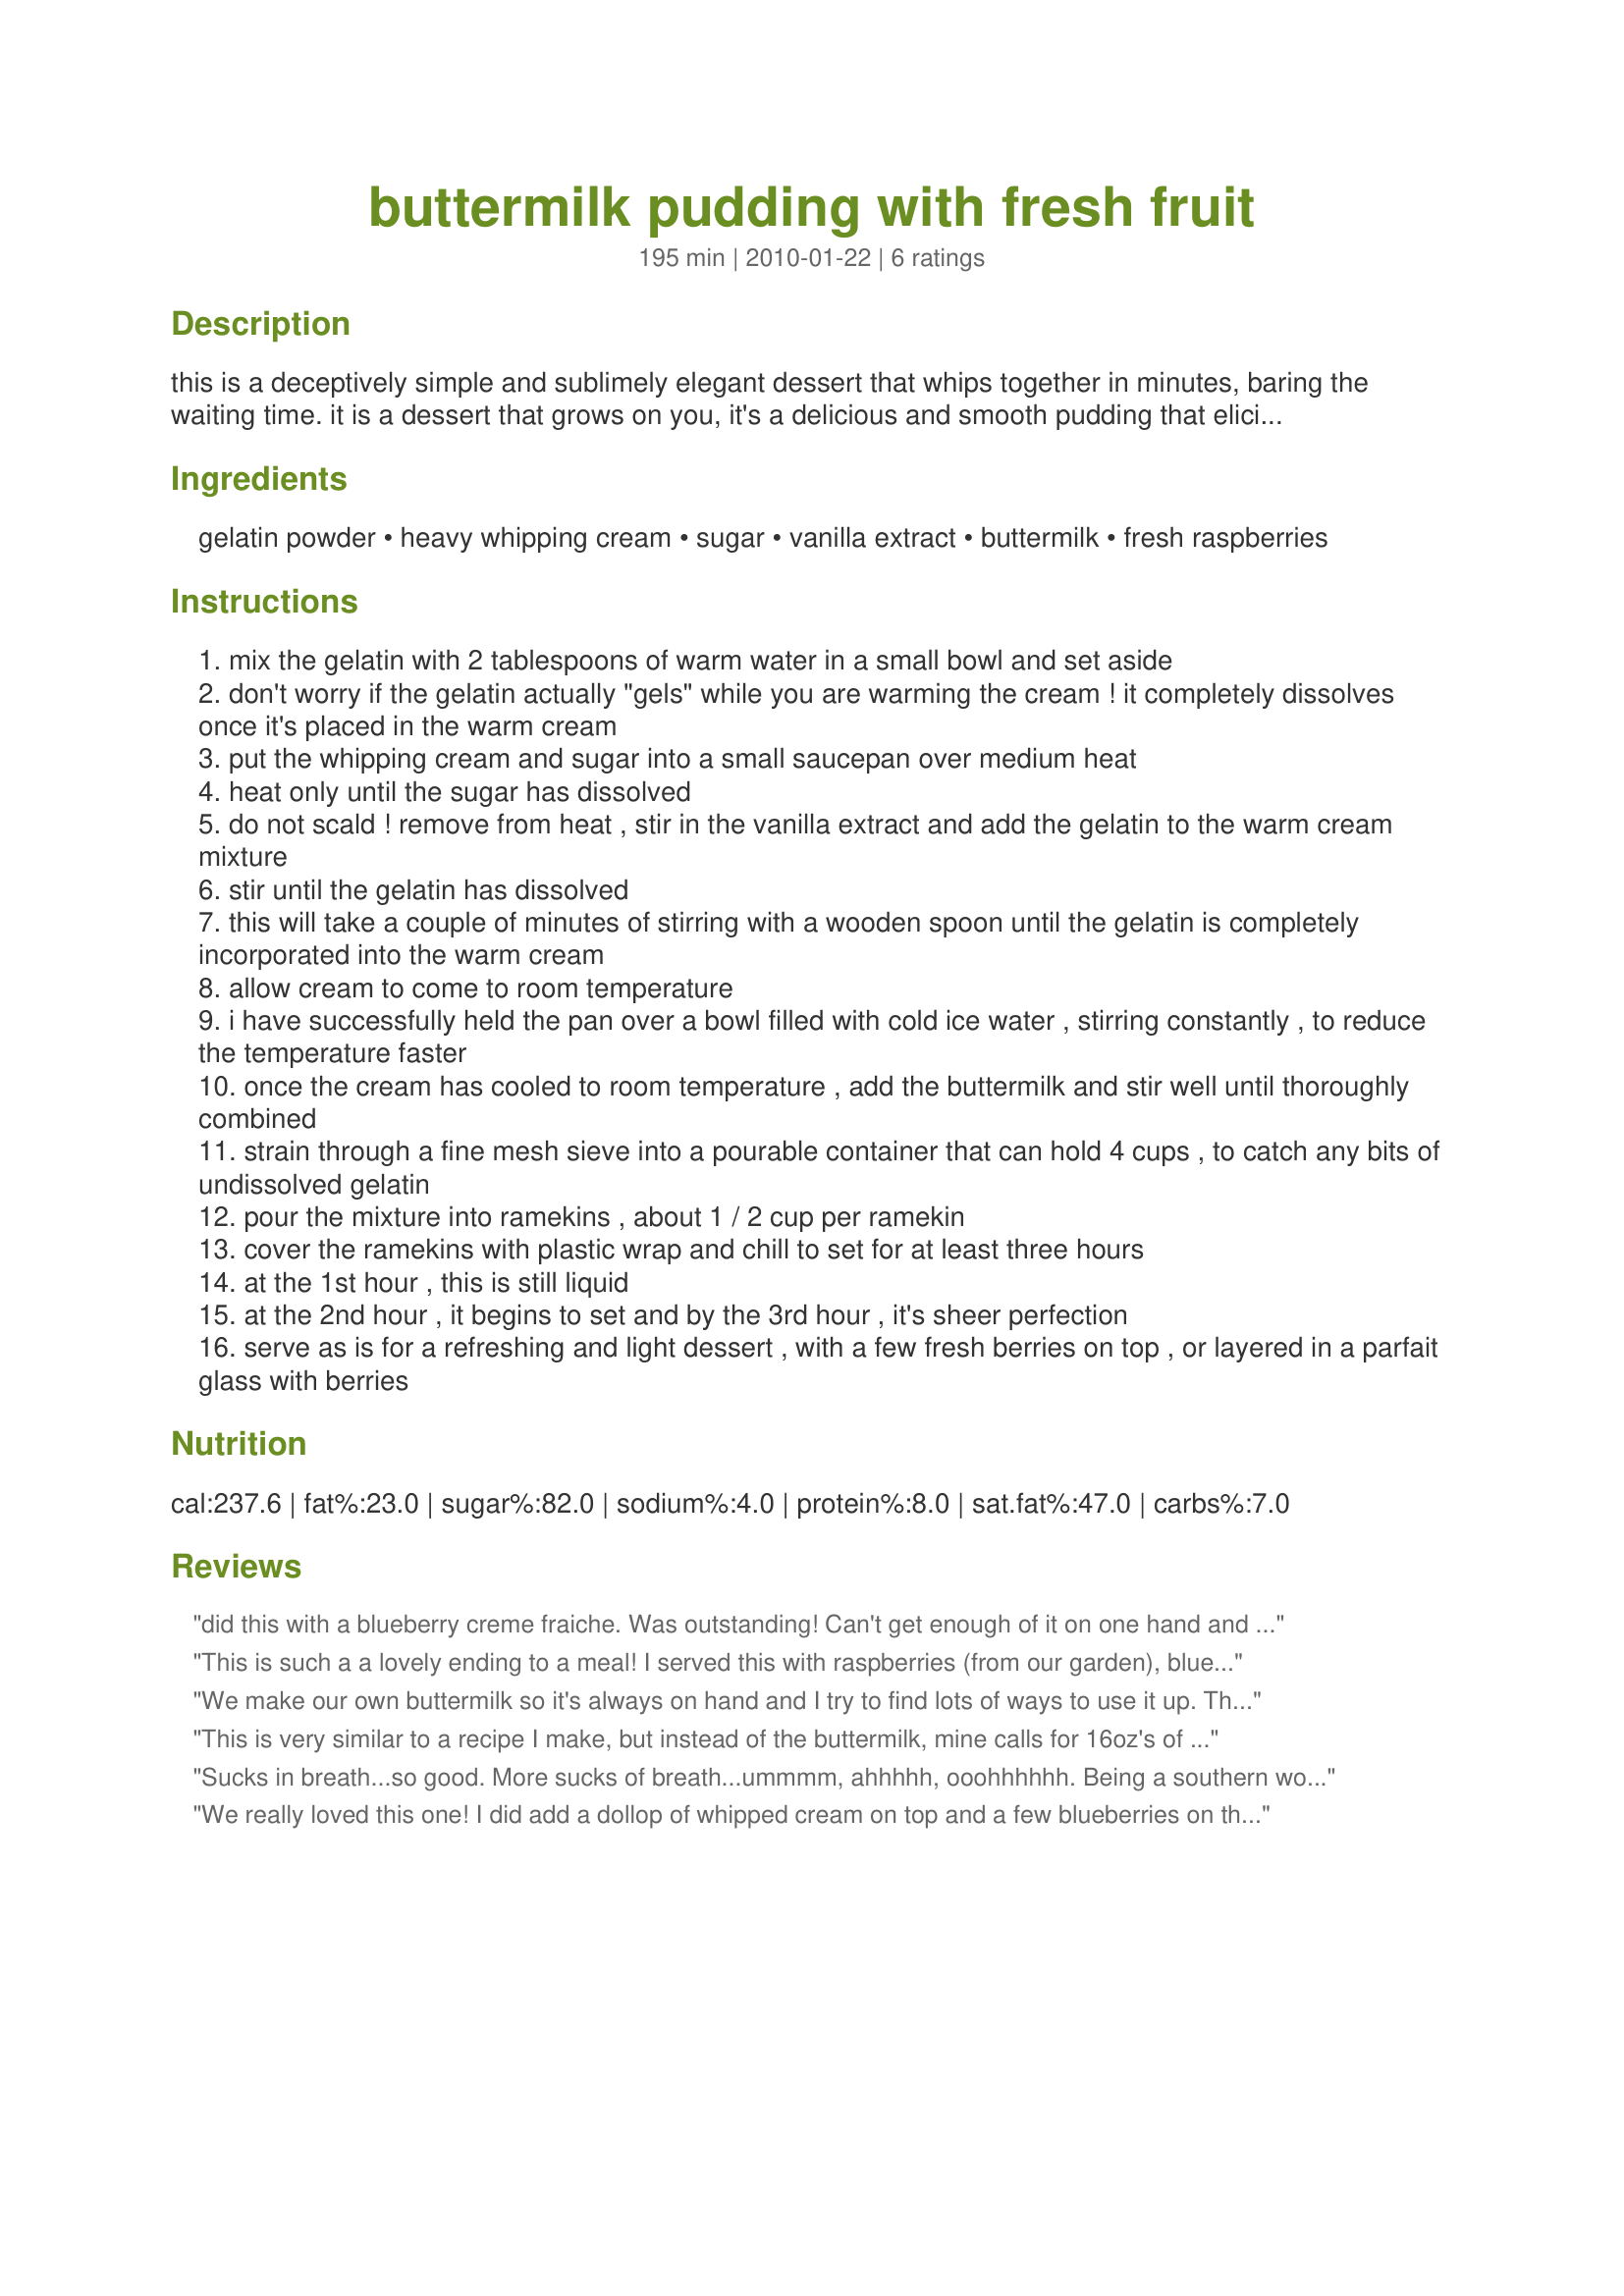
buttermilk pudding with fresh fruit
Preparation time: 195 minutes

this is a deceptively simple and sublimely elegant dessert that whips together in minutes, baring the waiting time. it is a dessert that grows on you, it's a delicious and smooth pudding that elicits small moans of "mmm," and "wow!" from those who try it. it's just sweet enough, super creamy, with a sunny tang that teases you to keep taking bite after bite until, lo and behold, you've eaten the whole bowl.

served plain, it is a perfect end to a hot & spicy meal to cool the palate. with some fresh raspberries or a strawberry that is fanned out on top, it adds a special flair. don't be tempted to bury this under jam, jelly or a mashed fruit; all that extra flavour will completely mask the delicate undertones of the buttermilk. this is especially pretty, served in tiny parfait glasses with a layer of fresh berries between each level of pudding.

Ingredients:
gelatin powder, heavy whipping cream, sugar, vanilla extract, buttermilk, fresh raspberries

Steps:
mix the gelatin with 2 tablespoons of warm water in a small bowl and set aside
don't worry if the gelatin actually "gels" while you are warming the cream ! it completely dissolves once it's placed in the warm cream
put the whipping cream and sugar into a small saucepan over medium heat
heat only until the sugar has dissolved
do not scald ! remove from heat , stir in the vanilla extract and add the gelatin to the warm cream mixture
stir until the gelatin has dissolved
this will take a couple of minutes of stirring with a wooden spoon until the gelatin is completely incorporated into the warm cream
allow cream to come to room temperature
i have successfully held the pan over a bowl filled with cold ice water , stirring constantly , to reduce the temperature faster
once the cream has cooled to room temperature , add the buttermilk and stir well until thoroughly combined
strain through a fine mesh sieve into a pourable container that can hold 4 cups , to catch any bits of undissolved gelatin
pour the mixture into ramekins , about 1 / 2 cup per ramekin
cover the ramekins with plastic wrap and chill to set for at least three hours
at the 1st hour , this is still liquid
at the 2nd hour , it begins to set and by the 3rd hour , it's sheer perfection
serve as is for a refreshing and light dessert , with a few fresh berries on top , or layered in a parfait glass with berries

Reviews:
did this with a blueberry creme fraiche. Was outstanding! Can't get enough of it on one hand and oofda rich on the other. wish all my dilemmas were as sweet.
This is such a a lovely ending to a meal! I served this with raspberries (from our garden), blueberries and a simple cookie. This pudding has a very delicate flavour and the texture is silky and smooth. I will definately be making this again. Thank you for sharing.
We make our own buttermilk so it's always on hand and I try to find lots of ways to use it up. This is a very nice pudding. It sets up firm with the gelatin so its not as soft as a pudding without it. We like this with fresh berries or stewed rhubarb. Simple, cheap and tasty, to beat.
This is very similar to a recipe I make, but instead of the buttermilk, mine calls for 16oz's of sour cream, that you whisk in at the end, before chilling, and almond extract along with the vanilla. BTW, I use Knox unflavored gelatin also, but 1 envelope (and this is stated on the envelope) is 1 tablespoon, which is 3 teaspoons, not 2. This makes an impressive, yummy dessert.
Sucks in breath...so good. More sucks of breath...ummmm, ahhhhh, ooohhhhhh. Being a southern woman means I don't always have to make sense.
We really loved this one! I did add a dollop of whipped cream on top and a few blueberries on the side. So delicious. We will have this often!
